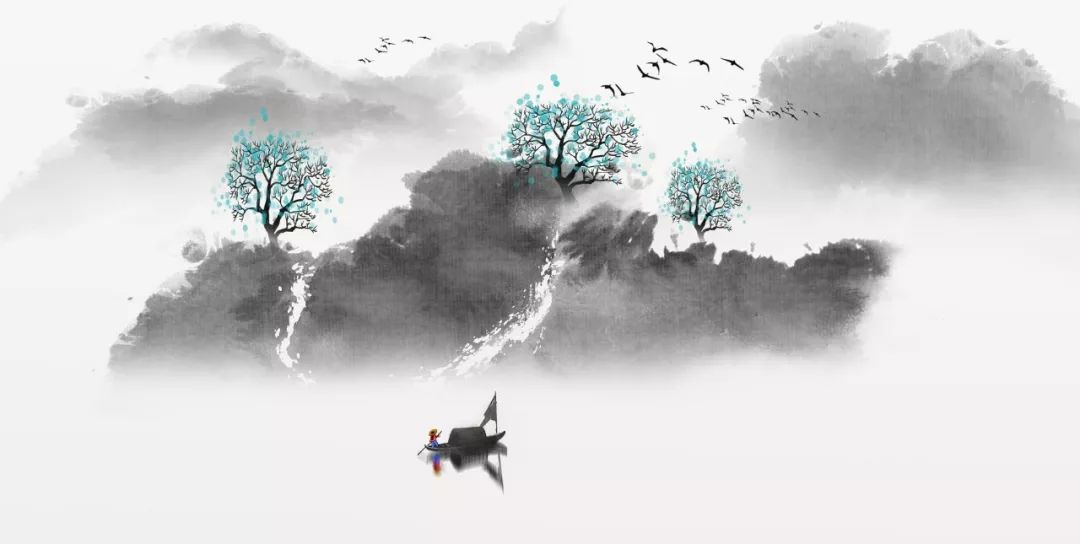
久雨寒蝉少，空山落叶深。